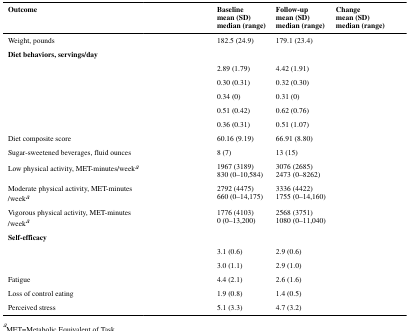
<table><thead><tr><td><b>Outcome</b></td><td>[EMPTY_CELL]</td><td><b>Baselinemean (SD)median (range)</b></td><td><b>Follow-upmean (SD)median (range)</b></td><td><b>Changemean (SD)median (range)</b></td></tr></thead><tbody><tr><td>Weight, pounds</td><td>[EMPTY_CELL]</td><td>182.5 (24.9)</td><td>179.1 (23.4)</td><td>[EMPTY_CELL]</td></tr><tr><td><b>Diet behaviors, servings/day</b></td><td>[EMPTY_CELL]</td><td>[EMPTY_CELL]</td><td>[EMPTY_CELL]</td><td>[EMPTY_CELL]</td></tr><tr><td>[EMPTY_CELL]</td><td>[EMPTY_CELL]</td><td>2.89 (1.79)</td><td>4.42 (1.91)</td><td>[EMPTY_CELL]</td></tr><tr><td>[EMPTY_CELL]</td><td>[EMPTY_CELL]</td><td>0.30 (0.31)</td><td>0.32 (0.30)</td><td>[EMPTY_CELL]</td></tr><tr><td>[EMPTY_CELL]</td><td>[EMPTY_CELL]</td><td>0.34 (0)</td><td>0.31 (0)</td><td>[EMPTY_CELL]</td></tr><tr><td>[EMPTY_CELL]</td><td>[EMPTY_CELL]</td><td>0.51 (0.42)</td><td>0.62 (0.76)</td><td>[EMPTY_CELL]</td></tr><tr><td>[EMPTY_CELL]</td><td>[EMPTY_CELL]</td><td>0.36 (0.31)</td><td>0.51 (1.07)</td><td>[EMPTY_CELL]</td></tr><tr><td>Diet composite score</td><td>[EMPTY_CELL]</td><td>60.16 (9.19)</td><td>66.91 (8.80)</td><td>[EMPTY_CELL]</td></tr><tr><td>Sugar-sweetened beverages, fluid ounces</td><td>[EMPTY_CELL]</td><td>8 (7)</td><td>13 (15)</td><td>[EMPTY_CELL]</td></tr><tr><td>Low physical activity, MET-minutes/weeka</td><td>[EMPTY_CELL]</td><td>1967 (3189)830 (0–10,584)</td><td>3076 (2685)2473 (0–8262)</td><td>[EMPTY_CELL]</td></tr><tr><td>Moderate physical activity, MET-minutes/weeka</td><td>[EMPTY_CELL]</td><td>2792 (4475)660 (0–14,175)</td><td>3336 (4422)1755 (0–14,160)</td><td>[EMPTY_CELL]</td></tr><tr><td>Vigorous physical activity, MET-minutes/weeka</td><td>[EMPTY_CELL]</td><td>1776 (4103)0 (0–13,200)</td><td>2568 (3751)1080 (0–11,040)</td><td>[EMPTY_CELL]</td></tr><tr><td><b>Self-efficacy</b></td><td>[EMPTY_CELL]</td><td>[EMPTY_CELL]</td><td>[EMPTY_CELL]</td><td>[EMPTY_CELL]</td></tr><tr><td>[EMPTY_CELL]</td><td>[EMPTY_CELL]</td><td>3.1 (0.6)</td><td>2.9 (0.6)</td><td>[EMPTY_CELL]</td></tr><tr><td>[EMPTY_CELL]</td><td>[EMPTY_CELL]</td><td>3.0 (1.1)</td><td>2.9 (1.0)</td><td>[EMPTY_CELL]</td></tr><tr><td>Fatigue</td><td>[EMPTY_CELL]</td><td>4.4 (2.1)</td><td>2.6 (1.6)</td><td>[EMPTY_CELL]</td></tr><tr><td>Loss of control eating</td><td>[EMPTY_CELL]</td><td>1.9 (0.8)</td><td>1.4 (0.5)</td><td>[EMPTY_CELL]</td></tr><tr><td>Perceived stress</td><td>[EMPTY_CELL]</td><td>5.1 (3.3)</td><td>4.7 (3.2)</td><td>[EMPTY_CELL]</td></tr></tbody></table>